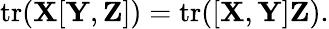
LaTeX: \operatorname{tr}(\mathbf{X}[\mathbf{Y},\mathbf{Z}])=\operatorname{tr}([\mathbf{X},\mathbf{Y}]\mathbf{Z}).